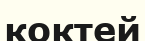
коктей